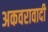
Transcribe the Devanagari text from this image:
अकवरावादी